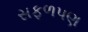
સફળપણ